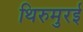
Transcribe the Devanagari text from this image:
थिरुमुरई